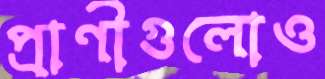
প্রাণীগুলোও